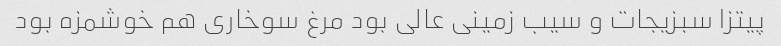
پیتزا سبزیجات و سیب زمینی عالی بود مرغ سوخاری هم خوشمزه بود